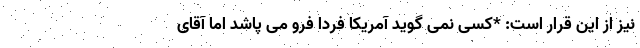
نیز از این قرار است: *کسی نمی گوید آمریکا فردا فرو می پاشد اما آقای